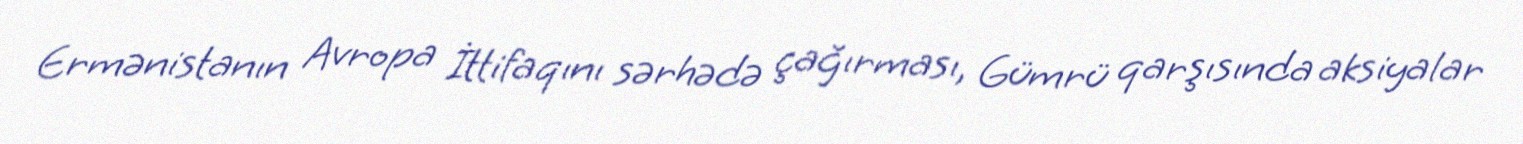
Ermənistanın Avropa İttifaqını sərhədə çağırması, Gümrü qarşısında aksiyalar